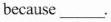
because ___.